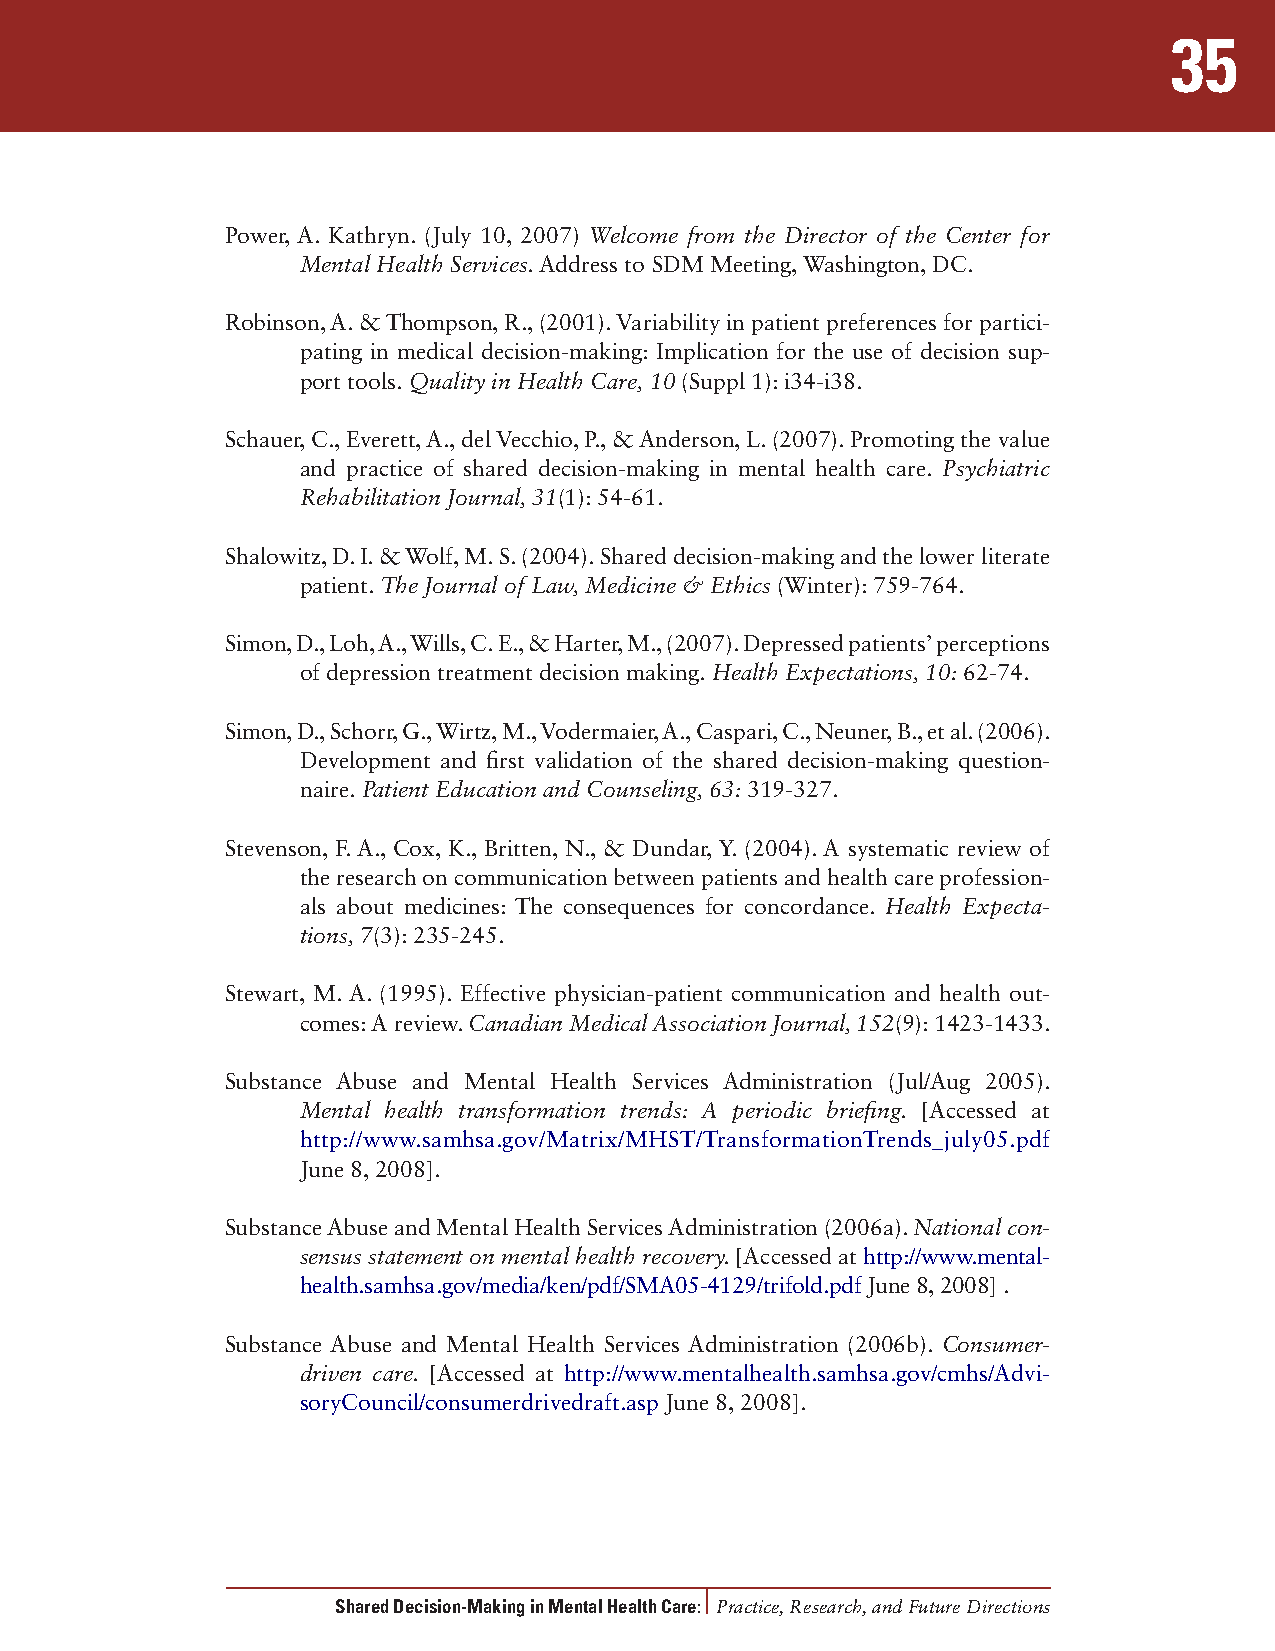
35
 Power, A. Kathryn. (July 10, 2007) Welcome from the Director of the Center for
 Mental Health Services. Address to SDM Meeting, Washington, DC.
 Robinson, A. & Thompson, R., (2001). Variability in patient preferences for partici-
 pating in medical decision-making: Implication for the use of decision sup-
 port tools. Quality in Health Care, 10 (Suppl 1): i34-i38.
 Schauer, C., Everett, A., del Vecchio, P., & Anderson, L. (2007). Promoting the value
 and practice of shared decision-making in mental health care. Psychiatric
 Rehabilitation Journal, 31(1): 54-61.
 Shalowitz, D. I. & Wolf, M. S. (2004). Shared decision-making and the lower literate
 patient. The Journal of Law, Medicine & Ethics (Winter): 759-764.
 Simon, D., Loh, A., Wills, C. E., & Harter, M., (2007). Depressed patients’ perceptions
 of depression treatment decision making. Health Expectations, 10: 62-74.
 Simon, D., Schorr, G., Wirtz, M., Vodermaier, A., Caspari, C., Neuner, B., et al. (2006).
 Development and first validation of the shared decision-making question-
 naire. Patient Education and Counseling, 63: 319-327.
 Stevenson, F. A., Cox, K., Britten, N., & Dundar, Y. (2004). A systematic review of
 the research on communication between patients and health care profession-
 als about medicines: The consequences for concordance. Health Expecta-
 tions, 7(3): 235-245.
 Stewart, M. A. (1995). Effective physician-patient communication and health out-
 comes: A review. Canadian Medical Association Journal, 152(9): 1423-1433.
 Substance Abuse and Mental Health Services Administration (Jul/Aug 2005).
 Mental health transformation trends: A periodic briefing. [Accessed at
 http://www.samhsa.gov/Matrix/MHST/TransformationTrends_july05.pdf
 June 8, 2008].
 Substance Abuse and Mental Health Services Administration (2006a). National con-
 sensus statement on mental health recovery. [Accessed at http://www.mental-
 health.samhsa.gov/media/ken/pdf/SMA05-4129/trifold.pdf June 8, 2008] .
 Substance Abuse and Mental Health Services Administration (2006b). Consumer-
 driven care. [Accessed at http://www.mentalhealth.samhsa.gov/cmhs/Advi-
 soryCouncil/consumerdrivedraft.asp June 8, 2008].
 Shared Decision-Making in Mental Health Care: Practice, Research, and Future Directions